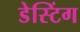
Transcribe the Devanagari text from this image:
डेस्टिंग